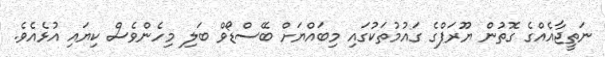
ނަތީޖާއެއްގެ ގޮތުން ޔޫރަޕްގެ ގައުމުތަކުގައި މިބައްޔަށް ބޭސްޑޯވް ބަލި މިހެންވެސް ކިޔައި އުޅެއެވެ.